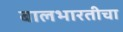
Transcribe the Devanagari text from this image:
बालभारतीचा